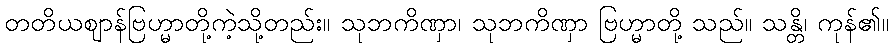
တတိယဈာန်ဗြဟ္မာတို့ကဲ့သို့တည်း။ သုဘကိဏှာ၊ သုဘကိဏှာ ဗြဟ္မာတို့ သည်။ သန္တိ၊ ကုန်၏။